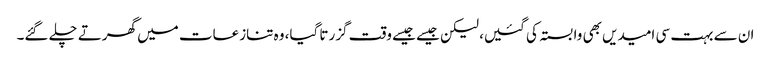
ان سے بہت سی امیدیں بھی وابستہ کی گئیں، لیکن جیسے جیسے وقت گزرتا گیا، وہ تنازعات میں گھرتے چلے گئے۔